画像に写った文字を読んでください
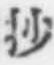
「抄」と書いてあります